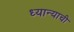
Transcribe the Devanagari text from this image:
ध्यान्याची